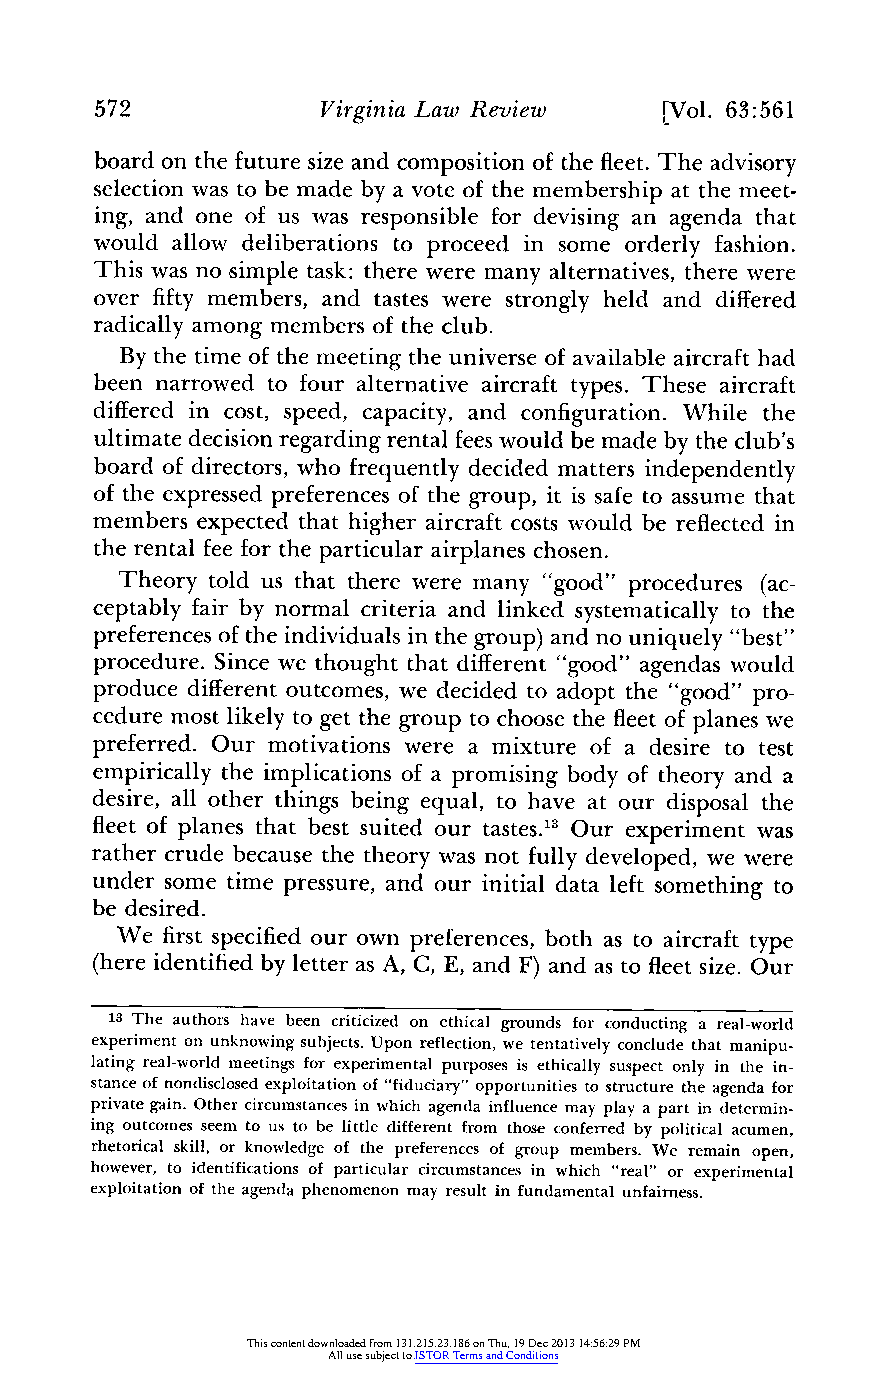
572            Virginia Law Review    [Vol. 63:561
 board on the futures ize and composition of the fleet.T he advisory
 selection was to be made by a vote of the membership at the meet-
 ing, and one of us was responsible for devising an agenda that
 would allow deliberations to proceed in some orderly fashion.
 This was no simple task: there were many alternatives,t here were
 over fiftym embers, and tastes were strongly held and differed
 radically among members of the club.
 By the time of the meeting the universe of available aircrafth ad
 been narrowed to four alternative aircraft types. These aircraft
 differed in cost, speed, capacity, and configuration. While the
 ultimate decision regardingr ental feesw ould be made by the club's
 board of directors,w ho frequentlyd ecided mattersi ndependently
 of the expressed preferenceso f the group, it is safe to assume that
 members expected that higher aircraftc osts would be reflectedi n
 the rental fee for the particular airplanes chosen.
 Theory told us that there were many "good" procedures (ac-
 ceptably fair by normal criteria and linked systematicallyt o the
 preferenceso f the individuals in the group) and no uniquely "best"
 procedure. Since we thought that different" good" agendas would
 produce differento utcomes, we decided to adopt the "good" pro-
 cedure most likely to get the group to choose the fleeto f planes we
 preferred. Our motivations were a mixture of a desire to test
 empirically the implications of a promising body of theorya nd a
 desire, all other things being equal, to have at our disposal the
 fleet of planes that best suited our tastes.13 Our experiment was
 rather crude because the theoryw as not fullyd eveloped, we were
 under some time pressure, and our initial data left something to
 be desired.
 We firsts pecified our own preferences,b oth as to aircraftt ype
 (here identifiedb y lettera s A, C, E, and F) and as to fleets ize. Our
 13 The authors have been criticized on ethical grounds for conducting a real-world
 experimento n unknowings ubjects. Upon reflection,w e tentativelyc onclude that manipu-
 lating real-world meetings for experimental purposes is ethically suspect only in the in-
 stance of nondisclosed exploitation of "fiduciary"o pportunities to structuret he agenda for
 private gain. Other circumstancesi n which agenda influence may play a part in determin-
 ing outcomes seem to us to be little differentf rom those conferredb y political acumen,
 rhetorical skill, or knowledge of the preferenceso f group members. We remain open,
 however, to identificationso f particular circumstancesi n which "real" or experimental
 exploitation of the agenda phenomenon may result in fundamental unfairness.
 This content downloaded from 131.215.23.186 on Thu, 19 Dec 2013 14:56:29 PM
 All use subject to JSTOR Terms and Conditions